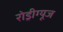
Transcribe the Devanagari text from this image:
रोड्रीग्यूज